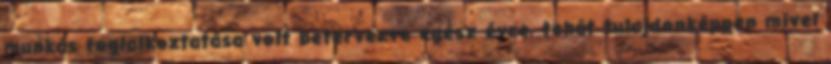
munkás foglalkoztatása volt betervezve egész évre, tehát tulajdonképpen mivel